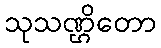
သုသဏ္ဌိတော